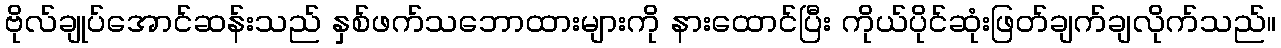
ဗိုလ်ချုပ်အောင်ဆန်းသည် နှစ်ဖက်သဘောထားများကို နားထောင်ပြီး ကိုယ်ပိုင်ဆုံးဖြတ်ချက်ချလိုက်သည်။